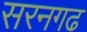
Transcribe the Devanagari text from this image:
सरनगढ